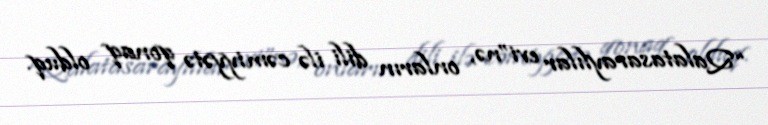
“Qalatasaraylılar evi”nə, onların dili ilə cəmiyyətə qonaq olduq.